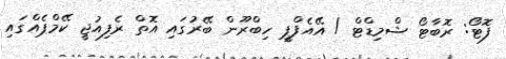
ފޮޓޯ: ރޮބާޓޯ ޝްމިޑްޓް / އޭއެފްޕީ ހިބްރޫން ބޭރުގައި އޮތް ރެފިއުޖީ ކޭމްޕެއްގައި